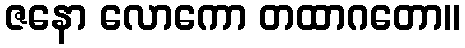
ဇနော လောကော တထာဂတော။